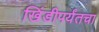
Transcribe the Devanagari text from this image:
खिंडीपर्यंतचा